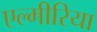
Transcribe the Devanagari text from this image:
एल्मीरिया